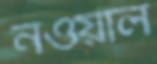
নওয়াল